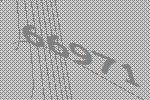
66971